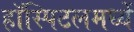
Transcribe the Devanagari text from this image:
हॉस्पिटलमध्यें